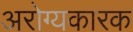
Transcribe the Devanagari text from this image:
अरोग्यकारक